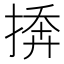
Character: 𪮓